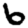
Digit: 6